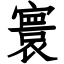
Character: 寰